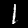
Digit: 1